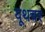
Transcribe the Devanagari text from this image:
यूथचर